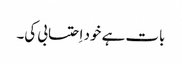
بات ہے خود اِحتسابی کی۔